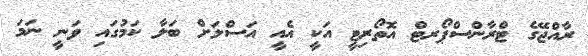
ރާއްޖޭގެ ޓްރާންސްޕޯރޓް އޮތޯރިޓީ އަކީ އެއީ އަސްލަށް ބަލާ ކަމުގައި ވަނީ ނަމަ